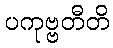
ပကုဗ္ဗတီတိ